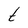
Character: t